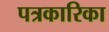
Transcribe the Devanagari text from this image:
पत्रकारिका